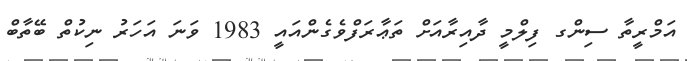
އަމްރީތާ ސިންގ ފިލްމީ ދާއިރާއަށް ތަޢާރަފްވެގެންއައީ 1983 ވަނަ އަހަރު ނިކުތް ބޭތާބް